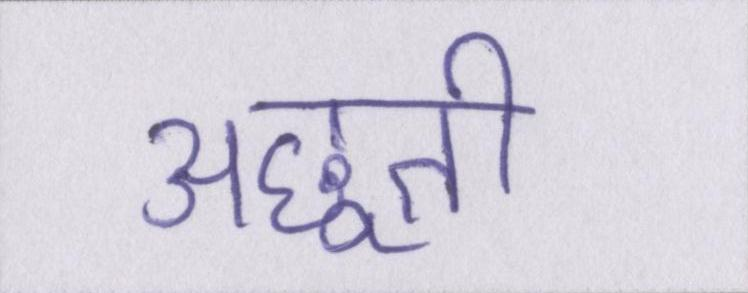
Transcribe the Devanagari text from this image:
अछूती